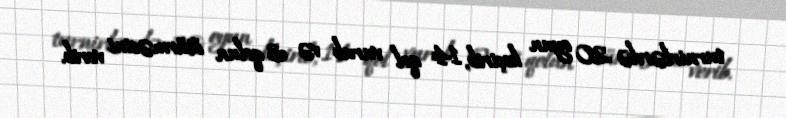
turnirlərdə 20 oyun keçirib, 14 qol vurub və 3 qolun ötürməsini verib.